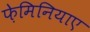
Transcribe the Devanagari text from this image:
फ़ेमिनियाए